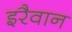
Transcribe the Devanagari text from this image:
इरैवान